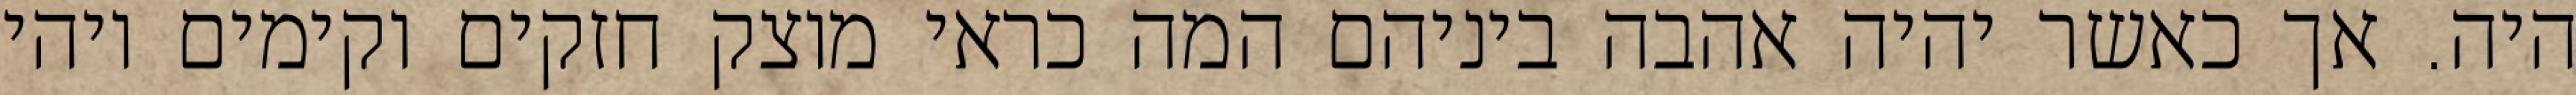
היה. אך כאשר יהיה אהבה ביניהם המה כראי מוצק חזקים וקימים ויהי